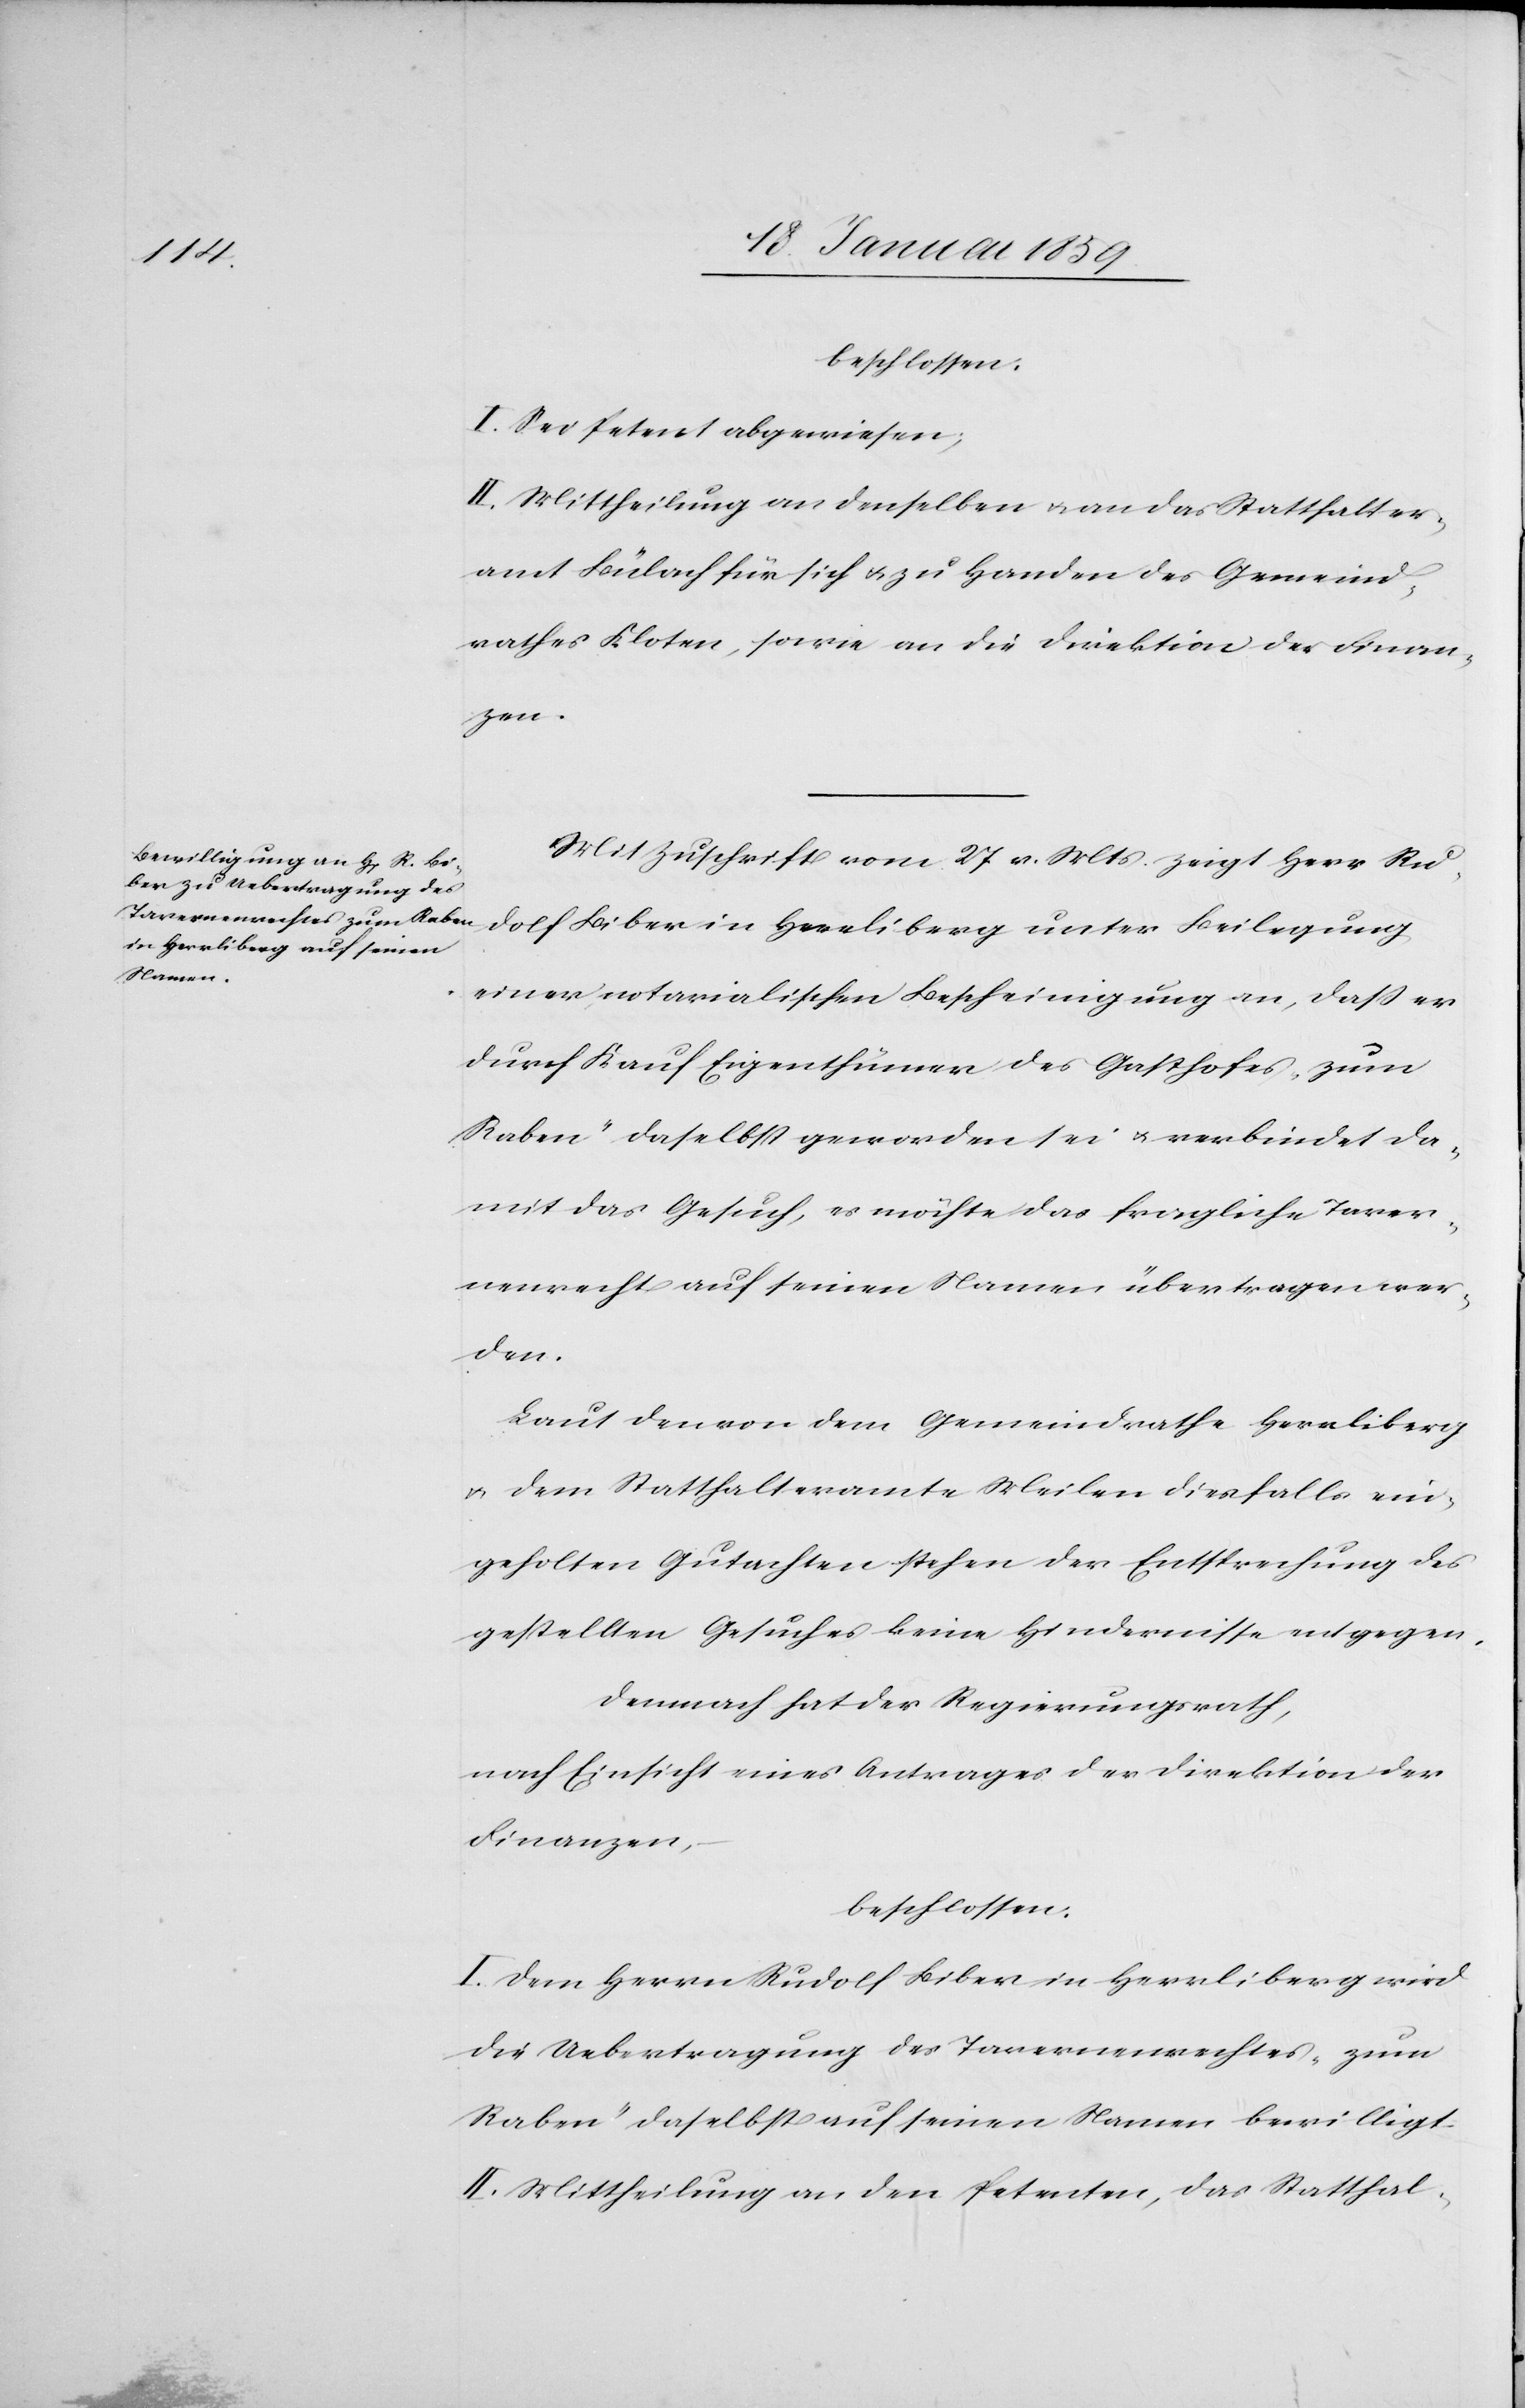
dolf
beschlossen:
I. Sei Petent abgewiesen;
II Mittheilung an denselben u. an das Statthalter¬
amt Bülach für sich u. zu Handen des Gemeind¬
rathes Kloten, sowie an die Direktion der Finan¬
zen.
Mit Zuschrift vom 27 v. Mts zeigt Herr Ru¬
einer notarialischen Bescheinigung an, daß er
durch Kauf Eigenthümer des Gasthofes "zum
Raben" daselbst geworden sei u. verbindet da¬
mit das Gesuch, es möchte das fragliche Taver¬
nenrecht auf seinen Namen übertragen wer¬
den.
Laut den von dem Gemeindrathe Herrliberg
u. dem Statthalteramte Meilen diesfalls ein¬
geholten Gutachten stehen der Entsprechung des
gestellten Gesuches keine Hindernisse entgegen.
Demnach hat der Regierungsrath,
nach Einsicht eines Antrages der Direktion der
Finanzen,
beschlossen:
I. Dem Herrn Rudolf Biber in Herrliberg wird
die Uebertragung des Tavernenrechtes "zum
Raben" daselbst auf seinen Namen bewilligt.
II Mittheilung an den Petenten, das Statthal-